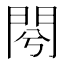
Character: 𨳣